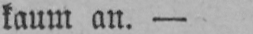
kaum an. -